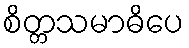
စိတ္တသမာဓိပေ